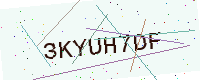
Text: 3KYUH7DF